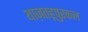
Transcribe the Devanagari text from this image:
थाज़तहूपुरकल